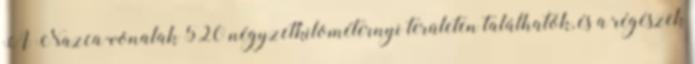
A Nazca-vonalak 520 négyzetkilométernyi területen találhatók, és a régészek